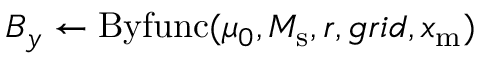
B _ { y } \gets \mathrm { B y f u n c } ( \mu _ { 0 } , M _ { \mathrm { s } } , r , g r i d , x _ { \mathrm { m } } )